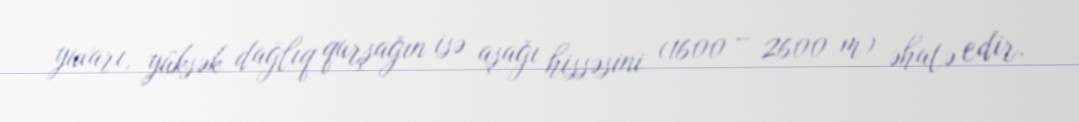
yuxarı, yüksək dağlıq qurşağın isə aşağı hissəsini (1600 – 2600 m) əhatə edir.